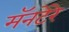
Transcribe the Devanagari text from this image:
मॅनटेरे